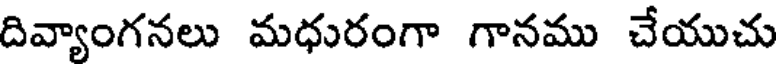
దివ్యాంగనలు మధురంగా గానము చేయుచు